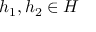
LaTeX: h _ { 1 } , h _ { 2 } \in H